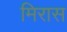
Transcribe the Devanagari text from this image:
मिरास